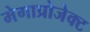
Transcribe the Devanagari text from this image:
मेगाप्रोजेक्ट